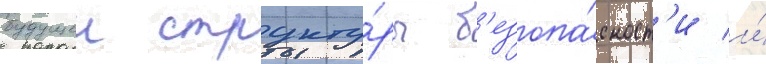
будущеи структу́ры б'езопа́сност'и и́